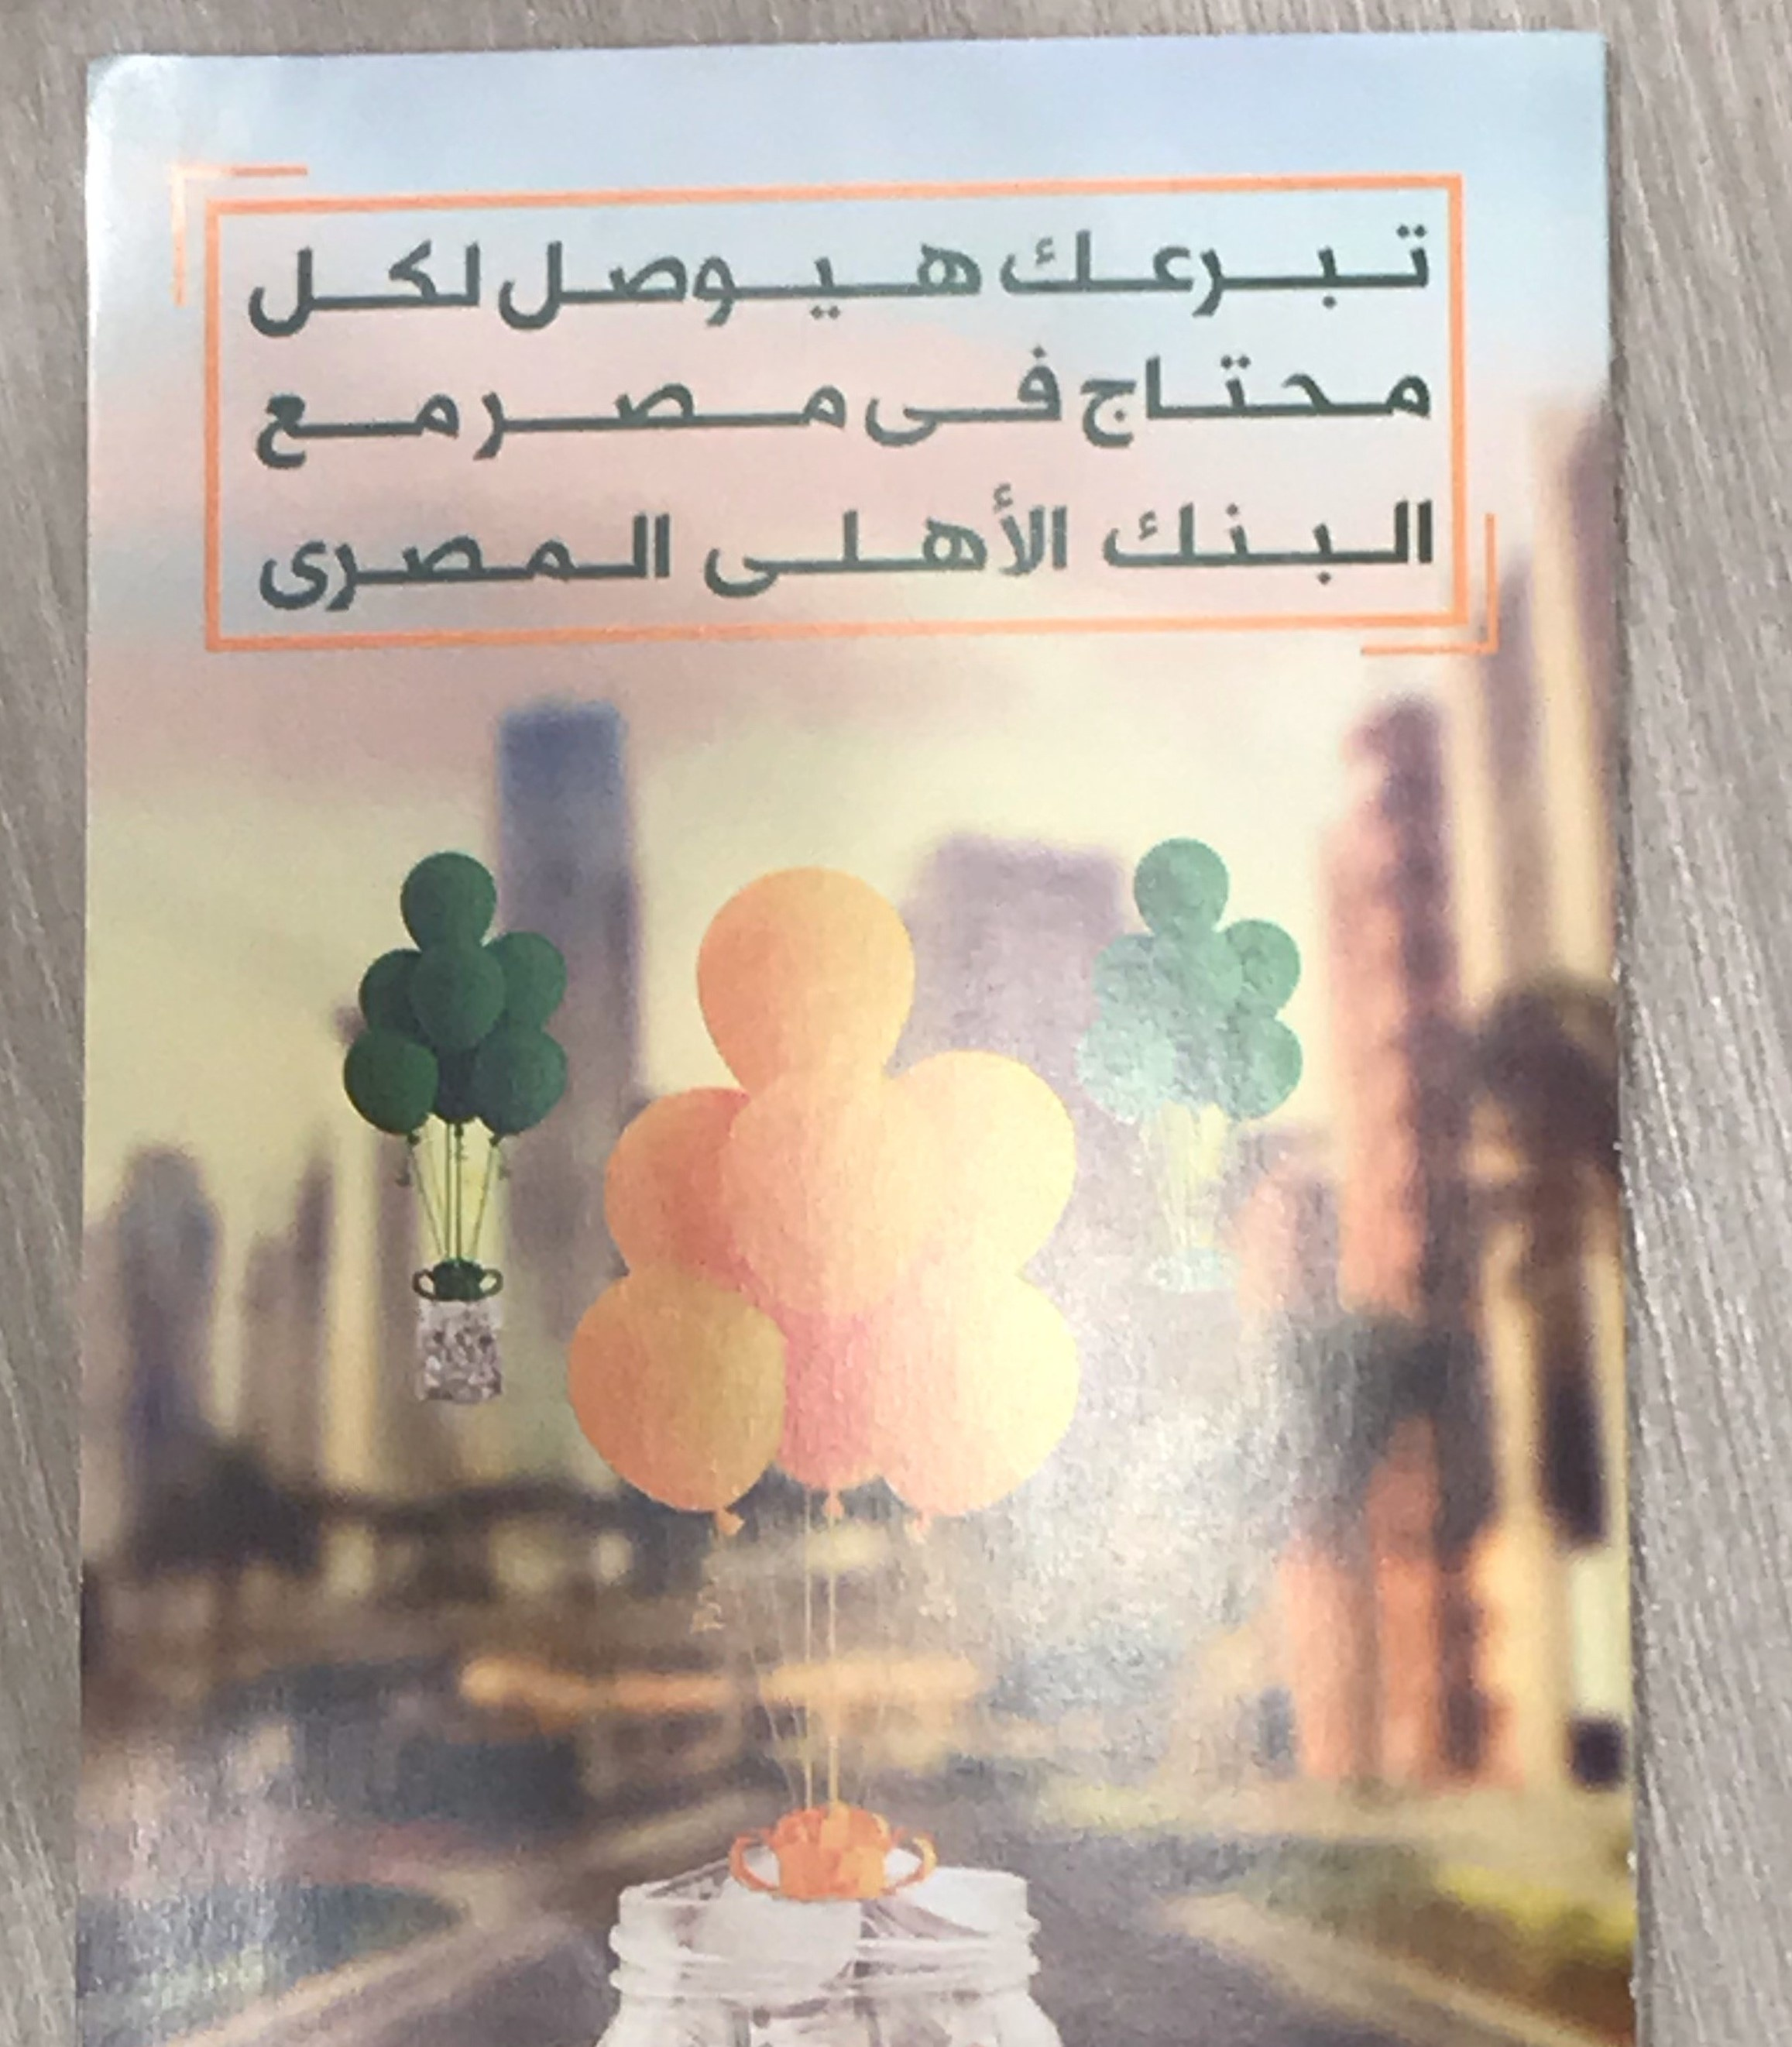
Text in image: تبرعك هيوصل لكل محتاج فى مصر مع البنك الأهلى المصرى